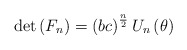
\begin{align*}\det \left( F_{n}\right) =\left( bc\right) ^{\frac{n}{2}}U_{n}\left( \theta\right) \end{align*}